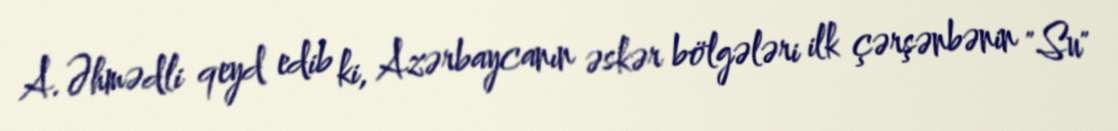
A.Əhmədli qeyd edib ki, Azərbaycanın əskər bölgələri ilk çərşənbənin "Su"